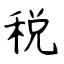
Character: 税